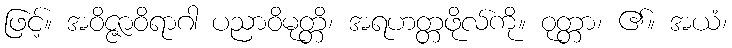
ဖြင့်။ အဝိဇ္ဇာဝိရာဂါ ပညာဝိမုတ္တိ၊ အရဟတ္တဖိုလ်ကို။ ဝုတ္တာ၊ ၏။ အယံ၊